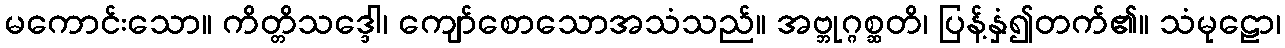
မကောင်းသော။ ကိတ္တိသဒ္ဒေါ၊ ကျော်စောသောအသံသည်။ အဗ္ဘုဂ္ဂစ္ဆတိ၊ ပြန့်နှံ၍တက်၏။ သံမုဠော၊